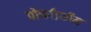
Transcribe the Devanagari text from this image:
पोर्फाइरीन